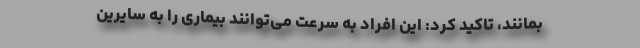
بمانند، تاکید کرد: این افراد به سرعت می‌توانند بیماری را به سایرین